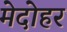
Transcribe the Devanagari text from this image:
मेदोहर